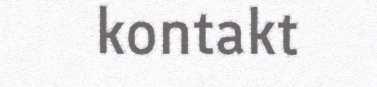
kontakt